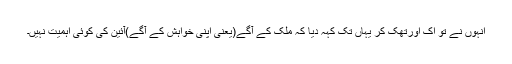
انہوں نے تو اَک اورتھک کر یہاں تک کہہ دیا کہ ملک کے آگے(یعنی اپنی خواہش کے آگے)آئین کی کوئی اہمیت نہیں۔